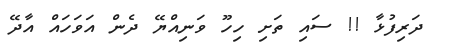
ދަރިފުޅާ !! ސައި ތަށި ހިހޫ ވަނިއްޔޭ ދެން އަވަހައް އާދޭ